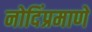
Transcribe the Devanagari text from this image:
नोदिंप्रमाणे